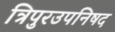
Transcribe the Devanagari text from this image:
त्रिपुरउपनिषद